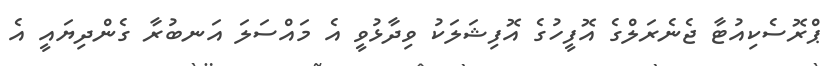
ޕްރޮސެކިއުޓާ ޖެނެރަލްގެ އޮފީހުގެ އޮފިޝަލަކު ވިދާޅުވީ އެ މައްސަލަ އަނބުރާ ގެންދިޔައީ އެ